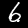
Digit: 6